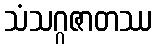
သံသဂ္ဂဇာတဿ